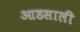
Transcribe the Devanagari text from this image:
आडसाली